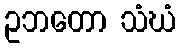
ဥဘတော သံဃံ